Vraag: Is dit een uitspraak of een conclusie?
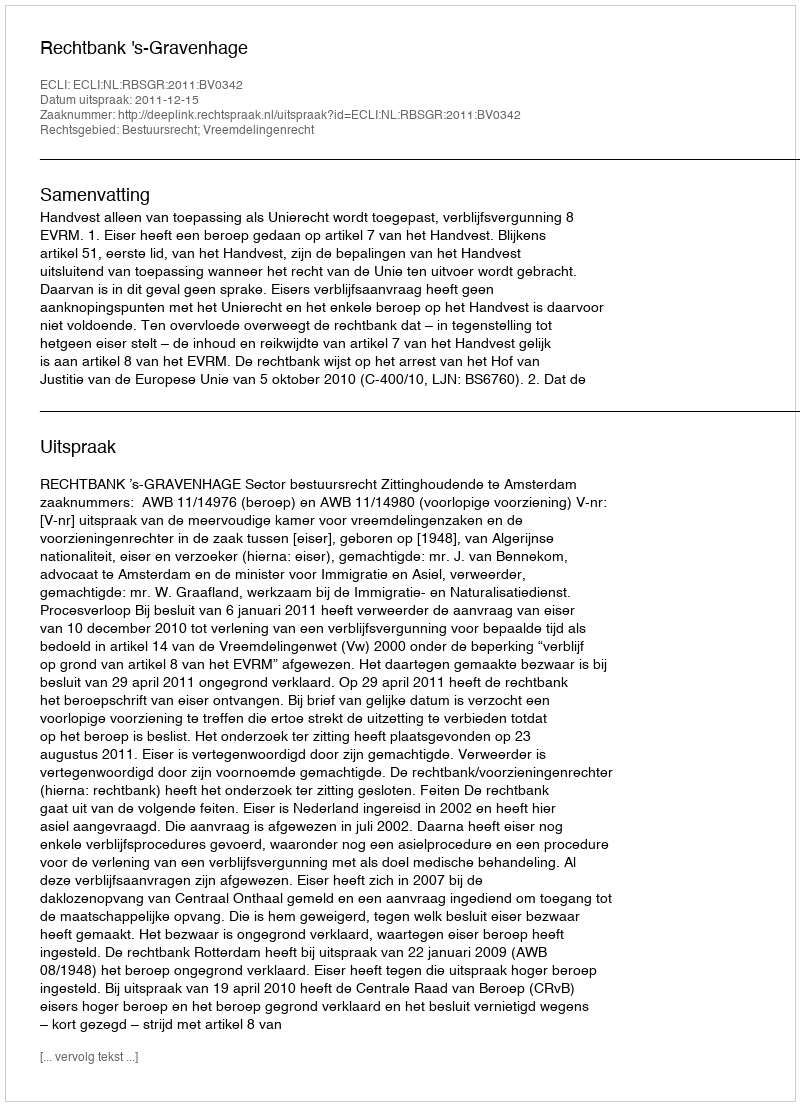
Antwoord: Uitspraak